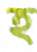
হ